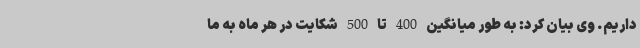
داریم. وی بیان کرد: به طور میانگین 400 تا 500 شکایت در هر ماه به ما